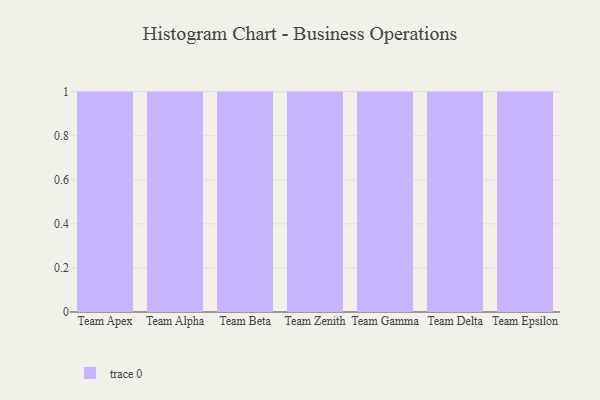
{"axis": {"x": "Team", "y": "Customer Acquisition Cost (USD)"}, "legend": [""], "data": [{"x": "Team Apex", "y": 31, "type": ""}, {"x": "Team Alpha", "y": 60, "type": ""}, {"x": "Team Beta", "y": 100, "type": ""}, {"x": "Team Zenith", "y": 57, "type": ""}, {"x": "Team Gamma", "y": 49, "type": ""}, {"x": "Team Delta", "y": 3, "type": ""}, {"x": "Team Epsilon", "y": 61, "type": ""}]}